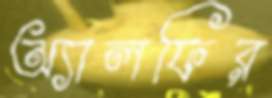
অ্যালফির